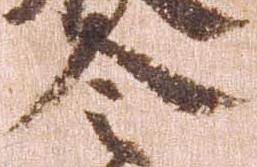
令